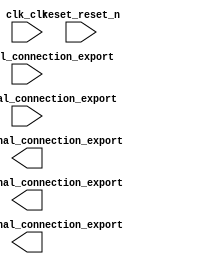

module system (
	clk_clk,
	key_external_connection_export,
	reset_reset_n,
	sw_external_connection_export,
	hex_0_external_connection_export,
	hex_1_external_connection_export,
	hex_2_external_connection_export);	

	input		clk_clk;
	input	[31:0]	key_external_connection_export;
	input		reset_reset_n;
	input	[31:0]	sw_external_connection_export;
	output	[31:0]	hex_0_external_connection_export;
	output	[31:0]	hex_1_external_connection_export;
	output	[31:0]	hex_2_external_connection_export;
endmodule